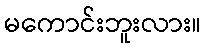
မကောင်းဘူးလား။